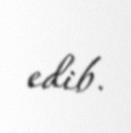
edib.